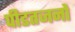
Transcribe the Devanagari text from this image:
पीडतजनों